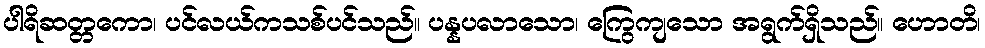
ပါရိဆတ္တကော၊ ပင်လယ်ကသစ်ပင်သည်။ ပန္နပလာသော၊ ကြွေကျသော အရွက်ရှိသည်။ ဟောတိ၊